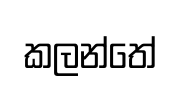
කලන්තේ